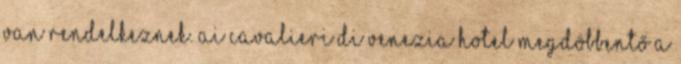
van rendelkeznek. Ai Cavalieri Di Venezia Hotel megdöbbentő a